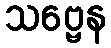
သဗ္ဗေန